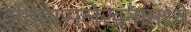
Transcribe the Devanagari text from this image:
इतिहासलेखनामध्ये